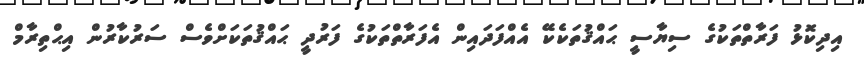
އިދިކޮޅު ފަރާތްތަކުގެ ސިޔާސީ ޙައްޤުތަކެކޭ އެއްފަދައިން އެފަރާތްތަކުގެ ފަރުދީ ޙައްޤުތަކަށްވެސް ސަރުކާރުން އިޙްތިރާމް